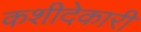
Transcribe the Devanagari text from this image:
कशीदेकारी